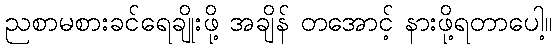
ညစာမစားခင်ရေချိုးဖို့ အချိန် တအောင့် နားဖို့ရတာပေါ့။